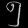
Digit: ၅